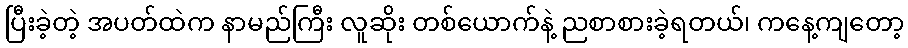
ပြီးခဲ့တဲ့ အပတ်ထဲက နာမည်ကြီး လူဆိုး တစ်ယောက်နဲ့ ညစာစားခဲ့ရတယ်၊ ကနေ့ကျတော့